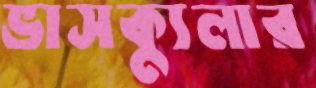
ভাসক্যুলার